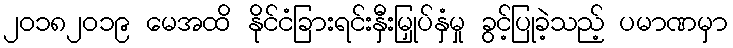
၂၀၁၈၂၀၁၉ မေအထိ နိုင်ငံခြားရင်းနှီးမြှုပ်နှံမှု ခွင့်ပြုခဲ့သည့် ပမာဏမှာ